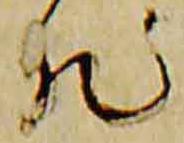
然